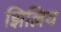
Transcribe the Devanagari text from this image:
झिल्लिय